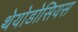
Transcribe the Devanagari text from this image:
थेयोडोसियस